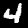
Label: 4